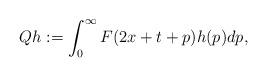
LaTeX: \begin{align*}Qh := \int_0^\infty F(2x + t + p)h(p)dp,\end{align*}